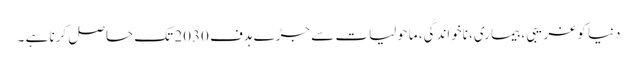
دنیا کو غریبی، بیماری، ناخواندگی، ماحولیات سے جڑے ہدف 2030 تک حاصل کرنا ہے ۔